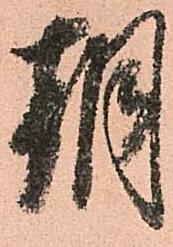
朝